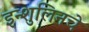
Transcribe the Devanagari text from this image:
इन्शुलिनचे